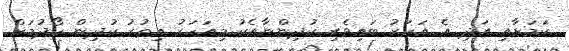
ކަމަށާއި އަދި އެ އަހަރު ބައިވެރި ކުދިންނާއެކު މިއަހަރު އިތުރު ކުދިން ހޯދުމަށް